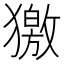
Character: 獥